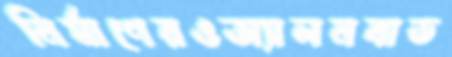
নির্মাণেরওঅ্যালনবাড